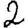
Digit: 2